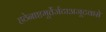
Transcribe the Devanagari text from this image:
हठेनाष्टमूर्तेर्जटाअजूटवासे